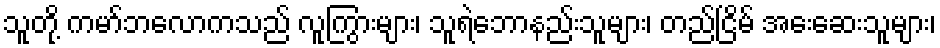
သူတို့ ကမာ်ဘလောကသည် လူကြွားများ၊ သူရဲဘောနည်းသူများ၊ တည်ငြိမ် အေးဆေးသူများ၊